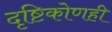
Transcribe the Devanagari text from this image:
दृष्टिकोणही